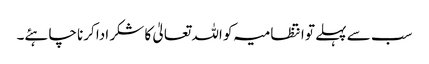
سب سے پہلے تو انتظامیہ کو اللہ تعالیٰ کا شکر ادا کرنا چاہئے۔